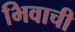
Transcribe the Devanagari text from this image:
भिवाची